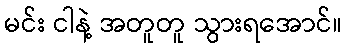
မင်း ငါနဲ့ အတူတူ သွားရအောင်။